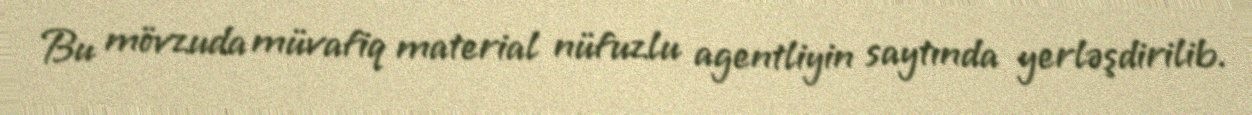
Bu mövzuda müvafiq material nüfuzlu agentliyin saytında yerləşdirilib.